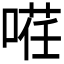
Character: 𭉡